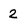
Character: 2